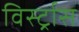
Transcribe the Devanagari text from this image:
विर्स्ट्रास